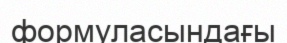
формуласындағы